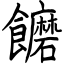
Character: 饝